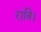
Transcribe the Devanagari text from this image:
रात्रि।